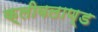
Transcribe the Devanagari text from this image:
क्लीवलाण्ड